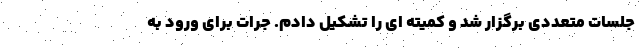
جلسات متعددی برگزار شد و کمیته ای را تشکیل دادم. جرات برای ورود به